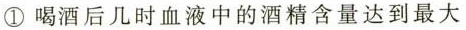
①喝酒后几时血液中的酒精含量达到最大